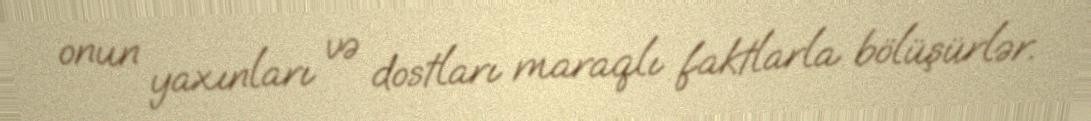
onun yaxınları və dostları maraqlı faktlarla bölüşürlər.